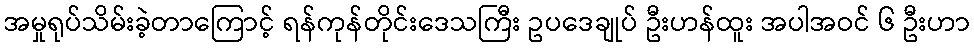
အမှုရုပ်သိမ်းခဲ့တာကြောင့် ရန်ကုန်တိုင်းဒေသကြီး ဥပဒေချုပ် ဦးဟန်ထူး အပါအဝင် ၆ ဦးဟာ